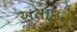
અસાઇન